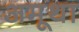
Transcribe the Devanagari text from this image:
अमूथा